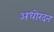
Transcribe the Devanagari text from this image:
अधोरदन